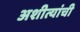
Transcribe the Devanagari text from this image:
अशीत्यांची